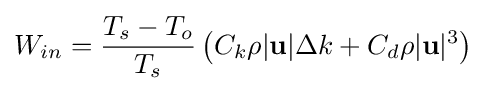
W_{in}={\frac {T_{s}-T_{o}}{T_{s}}}\left(C_{k}\rho |\mathbf {u} |\Delta k+C_{d}\rho |\mathbf {u} |^{3}\right)